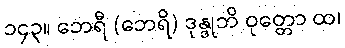
၁၄၃။ ဘေရီ (ဘေရိ) ဒုန္ဒုဘိ ဝုတ္တော ထ၊